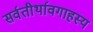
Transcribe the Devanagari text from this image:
सर्वतीर्थावगाहस्य